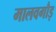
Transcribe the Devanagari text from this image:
मालवगौड़